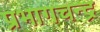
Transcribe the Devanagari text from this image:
प्रभागचन्द्र